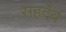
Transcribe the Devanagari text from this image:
सहर्देव